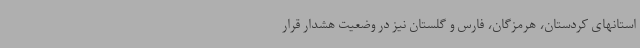
استانهای کردستان، هرمزگان، فارس و گلستان نیز در وضعیت هشدار قرار